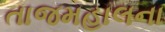
તાજમહાલના